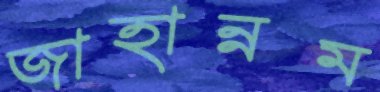
জাহান্নম